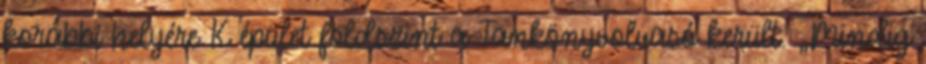
korábbi helyére K épület földszint a Tankönyvolvasó került. „Mindig